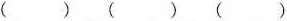
()()()